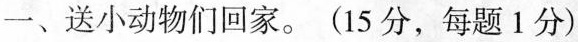
一、送小动物们回家。(15分，每题1分)